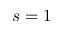
s = 1